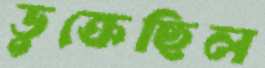
ডুক্‌রেছিল